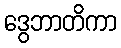
ဒွေဘာတိကာ